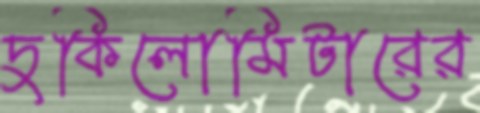
দুকিলোমিটারের